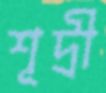
শূদ্রী